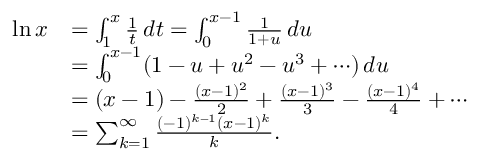
{ \begin{array} { r l } { \ln x } & { = \int _ { 1 } ^ { x } { \frac { 1 } { t } } \, d t = \int _ { 0 } ^ { x - 1 } { \frac { 1 } { 1 + u } } \, d u } \\ & { = \int _ { 0 } ^ { x - 1 } ( 1 - u + u ^ { 2 } - u ^ { 3 } + \cdots ) \, d u } \\ & { = ( x - 1 ) - { \frac { ( x - 1 ) ^ { 2 } } { 2 } } + { \frac { ( x - 1 ) ^ { 3 } } { 3 } } - { \frac { ( x - 1 ) ^ { 4 } } { 4 } } + \cdots } \\ & { = \sum _ { k = 1 } ^ { \infty } { \frac { ( - 1 ) ^ { k - 1 } ( x - 1 ) ^ { k } } { k } } . } \end{array} }